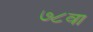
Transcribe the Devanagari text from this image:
७८वा